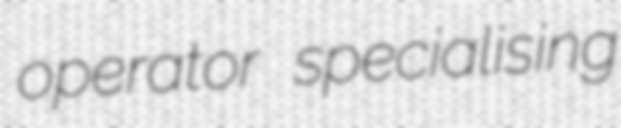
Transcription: operator specialising